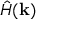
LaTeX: { \hat { H } } ( \mathbf { k } )